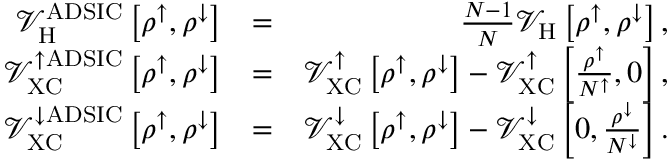
\begin{array} { r l r } { \mathcal { V } _ { \mathrm { H } } ^ { \mathrm { A D S I C } } \left[ \rho ^ { \uparrow } , \rho ^ { \downarrow } \right] } & { = } & { \frac { N - 1 } { N } \mathcal { V } _ { \mathrm { H } } \left[ \rho ^ { \uparrow } , \rho ^ { \downarrow } \right] , } \\ { \mathcal { V } _ { \mathrm { X C } } ^ { \uparrow \mathrm { A D S I C } } \left[ \rho ^ { \uparrow } , \rho ^ { \downarrow } \right] } & { = } & { \mathcal { V } _ { \mathrm { X C } } ^ { \uparrow } \left[ \rho ^ { \uparrow } , \rho ^ { \downarrow } \right] - \mathcal { V } _ { \mathrm { X C } } ^ { \uparrow } \left[ \frac { \rho ^ { \uparrow } } { N ^ { \uparrow } } , 0 \right] , } \\ { \mathcal { V } _ { \mathrm { X C } } ^ { \downarrow \mathrm { A D S I C } } \left[ \rho ^ { \uparrow } , \rho ^ { \downarrow } \right] } & { = } & { \mathcal { V } _ { \mathrm { X C } } ^ { \downarrow } \left[ \rho ^ { \uparrow } , \rho ^ { \downarrow } \right] - \mathcal { V } _ { \mathrm { X C } } ^ { \downarrow } \left[ 0 , \frac { \rho ^ { \downarrow } } { N ^ { \downarrow } } \right] . } \end{array}